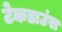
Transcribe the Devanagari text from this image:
टेकडाउंस